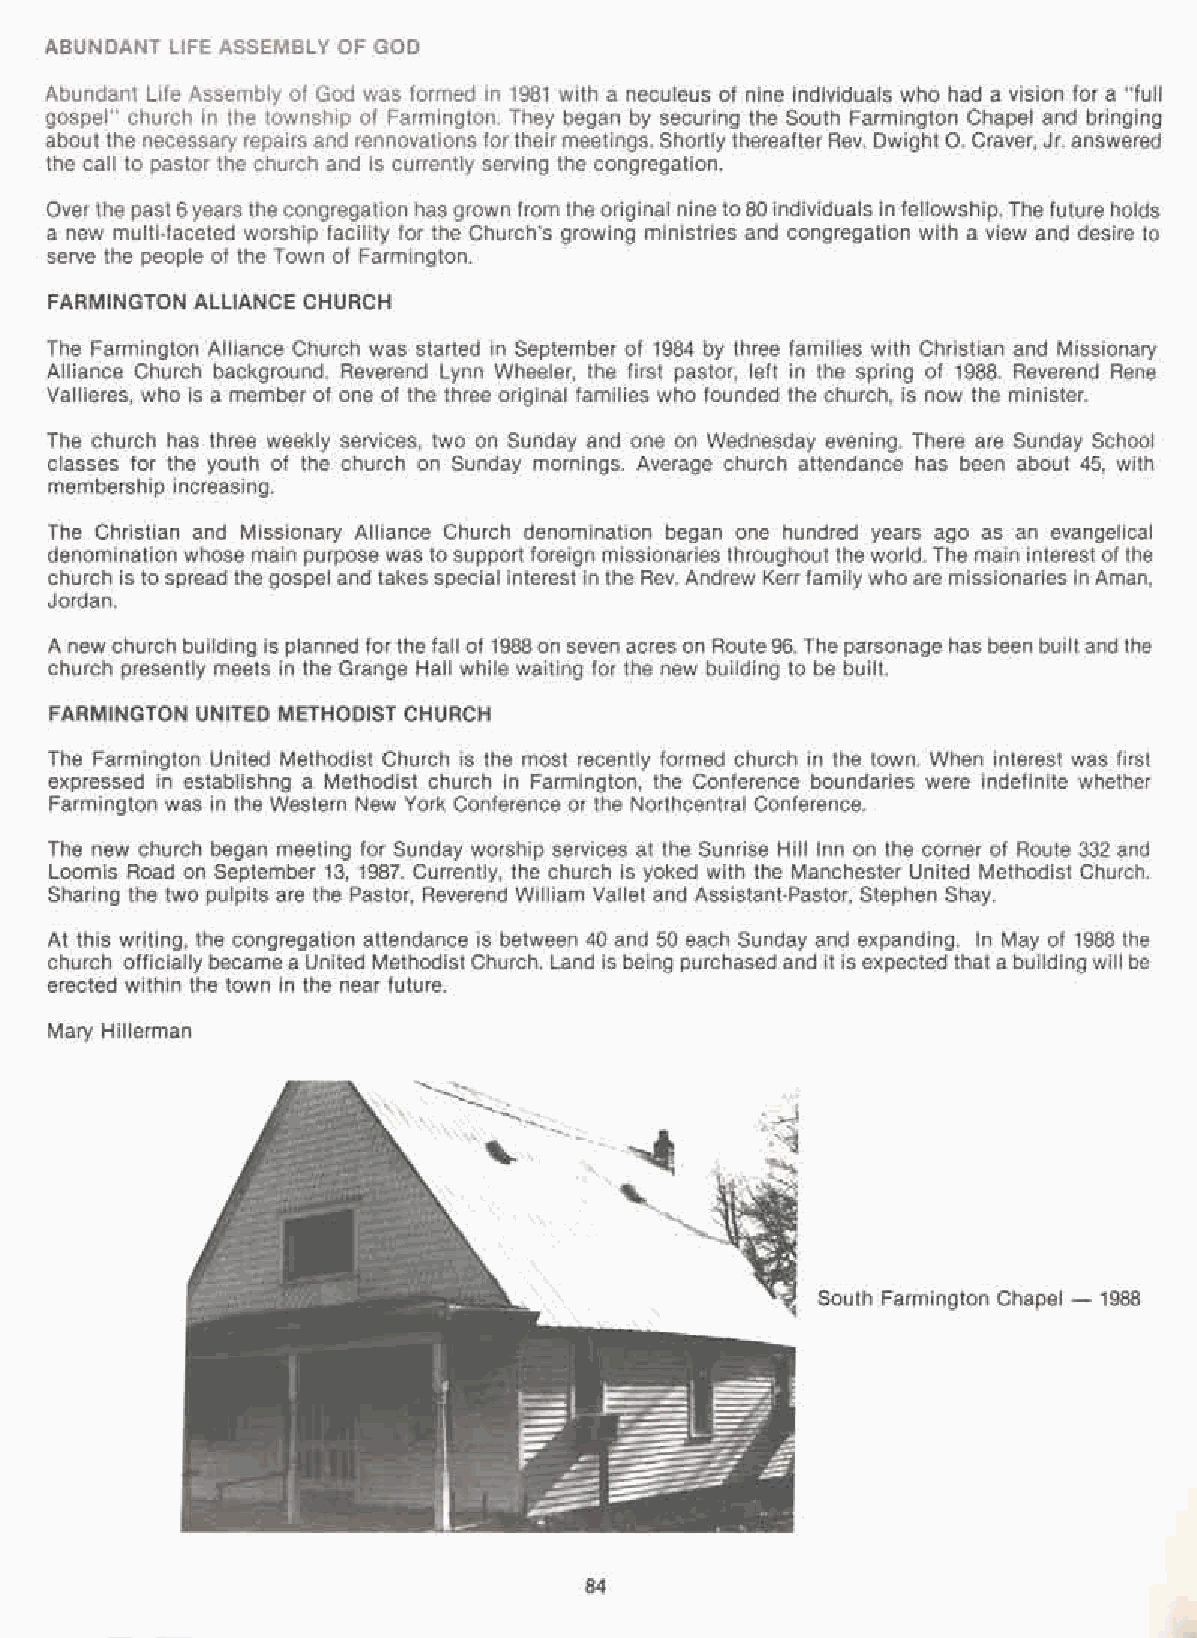
ABUNDANT LIFE ASSEMBLY OF GOD
 Abundant Life Assembly of God was formed in 1981 with a neculeus of nine individuals who had a vision for a "full
 gospel" church in the township of Farmington. They began by securing the South Farmington Chapel and bringing
 about the necessary repairs and rennovations fortheir meetings. Shortly thereafter Rev. Dwight O. Craver, Jr. answered
 the call to pastor the church and is currently serving the congregation.
 Overthe past 6years the congregation has grown from the original nine to80 individuals in fellowship. The future holds
 a new multi-faceted worship facility for the Church's growing ministries and congregation with a view and desire to
 serve the people of the Town of Farmington.
 FARMINGTON ALLIANCE CHURCH
 The Farmington Alliance Church was started in September of 1984 by three families with Christian and Missionary
 Alliance Church background. Reverend Lynn Wheeler, the first pastor, left in the spring of 1988. Reverend Rene
 Vallieres, who is a member of one of the three original families who founded the church, is now the minister.
 The church has three weekly services, two on Sunday and one on Wednesday evening. There are Sunday School
 classes for the youth of the church on Sunday mornings. Average church attendance has been about 45, with
 membership increasing.
 The Christian and Missionary Alliance Church denomination began one hundred years ago as an evangelical
 denomination whose main purpose was to support foreign missionaries throughout the world. The main interest of the
 church is to spread the gospel and takes special interest in the Rev. Andrew Kerrfamily who are missionaries in Aman,
 Jordan.
 A new church building is planned forthe fall of 1988 on seven acres on Route 96. The parsonage has been built and the
 church presently meets in the Grange Hall while waiting for the new building to be built.
 FARMINGTON UNITED METHODIST CHURCH
 The Farmington United Methodist Church is the most recently formed church in the town. When interest was first
 expressed in establishng a Methodist church in Farmington, the Conference boundaries were indefinite whether
 Farmington was in the Western New York Conference or the Northcentral Conference.
 The new church began meeting for Sunday worship services at the Sunrise Hill Inn on the corner of Route 332 and
 Loomis Road on September 13, 1987. Currently, the church is yoked with the Manchester United Methodist Church.
 Sharing the two pulpits are the Pastor, Reverend William Vallet and Assistant-Pastor, Stephen Shay.
 At this writing, the congregation attendance is between 40 and 50 each Sunday and expanding. In May of 1988 the
 church officially became a United MethodistChurch. Land is being purchased and it is expected that a building will be
 erected within the town in the near future.
 Mary Hillerman
 \
 "
 \\\,'-,
 -, -,
 South Farmington Chapel - 1988
 84